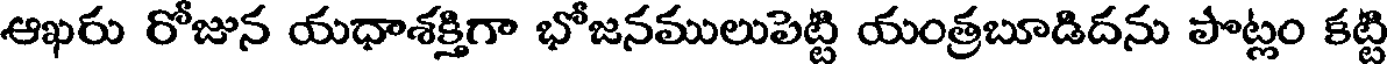
ఆఖరు రోజున యధాశక్తిగా భోజనములుపెట్టి యంత్రబూడిదను పొట్లం కట్టి